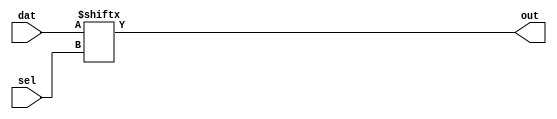
module eight_to_one (dat,sel,out);

parameter SEVEN_SEVEN_STYLE = 1'b0;
parameter FIVE_FIVE_STYLE = 1'b0;

input [7:0] dat;
input [2:0] sel;

output out;
wire out;

generate
if (SEVEN_SEVEN_STYLE) begin
	wire cell_tail;
	stratixii_lcell_comb lc_tail (
	  .datae(sel[1]),
	  .dataf(sel[2]),
	  .datad(sel[0]),
	  .dataa(dat[1]),
	  .datac(dat[0]),
	  .datab(dat[3]),
	  .datag(dat[2]),
	  .combout(cell_tail),
	  .cout(),.shareout(),.sumout(),.cin(1'b0),.sharein(1'b0));
	defparam lc_tail .extended_lut = "on";
	defparam lc_tail .lut_mask = 64'hff00ff00ccf0aaf0;

	stratixii_lcell_comb lc_head (
	  .datae(sel[1]),
	  .dataf(cell_tail),
	  .datad(sel[2]),
	  .dataa(dat[5]),
	  .datac(dat[4]),
	  .datab(dat[7]),
	  .datag(dat[6]),
	  .combout(out),
	  .cout(),.shareout(),.sumout(),.cin(1'b0),.sharein(1'b0));
	defparam lc_head .extended_lut = "on";
	defparam lc_head .lut_mask = 64'hccffaafff000f000;
end

else if (FIVE_FIVE_STYLE) begin
	wire m0_out, m1_out;

	stratixii_lcell_comb m0 (
		.dataa(sel[0]),
		.datab(sel[1]),
		.datac(dat[0]),
		.datad(dat[1]),
		.datae(dat[2]),
		.combout(m0_out),
		.dataf(1'b0),.datag(1'b1),
		.cout(),.shareout(),.sumout(),.cin(1'b0),.sharein(1'b0));
	defparam m0 .shared_arith = "off";
	defparam m0 .extended_lut = "off";
	defparam m0 .lut_mask = 64'h7654321076543210;

	stratixii_lcell_comb m1 (
		.dataa(sel[0]),
		.datab(sel[1]),
		.datac(dat[4]),
		.datad(dat[5]),
		.datae(dat[6]),
		.dataf(1'b0),.datag(1'b1),
		.combout(m1_out),
		.cout(),.shareout(),.sumout(),.cin(1'b0),.sharein(1'b0));
	defparam m1 .shared_arith = "off";
	defparam m1 .extended_lut = "off";
	defparam m1 .lut_mask = 64'h7654321076543210;

	stratixii_lcell_comb head (
		.dataa(sel[0]),
		.datab(sel[1]),
		.datac(dat[3]),
		.datad(m0_out),
		.datae(sel[2]),
		.dataf(m1_out),
		.datag(dat[7]),
		.combout(out),
		.cout(),.shareout(),.sumout(),.cin(1'b0),.sharein(1'b0));
	defparam head .shared_arith = "off";
	defparam head .extended_lut = "on";
	defparam head .lut_mask = 64'hF7F7F7808080F780;
end

else begin
	// let the compiler select style
	assign out = dat[sel];
end 
endgenerate
endmodule